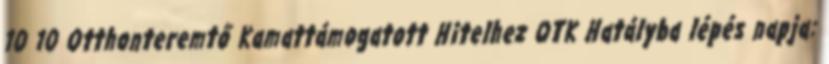
10 10 Otthonteremtő Kamattámogatott Hitelhez OTK Hatályba lépés napja: